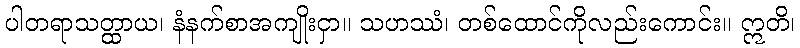
ပါတရာသတ္ထာယ၊ နံနက်စာအကျိုးငှာ။ သဟဿံ၊ တစ်ထောင်ကိုလည်းကောင်း။ ဣတိ၊